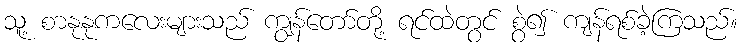
သူ့ စာနုနုကလေးများသည် ကျွန်တော်တို့ ရင်ထဲတွင် စွဲ၍ ကျန်ရစ်ခဲ့ကြသည်။